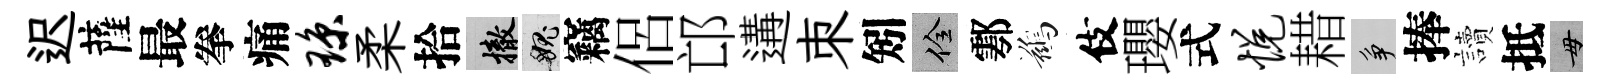
迟薩最拳痛琼柔拾撤愧竊侶邙遘朿矧佺鄠鷀伎瓔式悦耤争捧讀抵毋